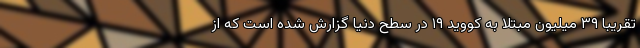
تقریبا ۳۹ میلیون مبتلا به کووید ۱۹ در سطح دنیا گزارش شده است که از